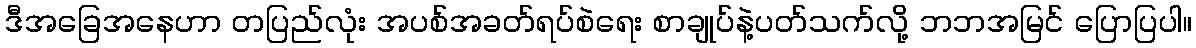
ဒီအခြေအနေဟာ တပြည်လုံး အပစ်အခတ်ရပ်စဲရေး စာချုပ်နဲ့ပတ်သက်လို့ ဘဘအမြင် ပြောပြပါ။